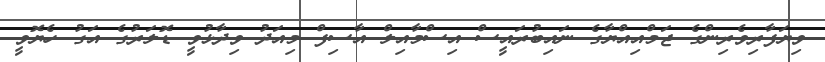
ވިޔަފާރިވެރިންގެ ޖަމްއިއްޔާގެ ނައިބުރައީސް އިސްމާއިލް އާސިފް މިއަދު ވިދާޅުވީ ޑޮލަރުގެ އަގު ހެޔޮވީ